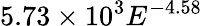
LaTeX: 5.73\times 10^{3}E^{-4.58}